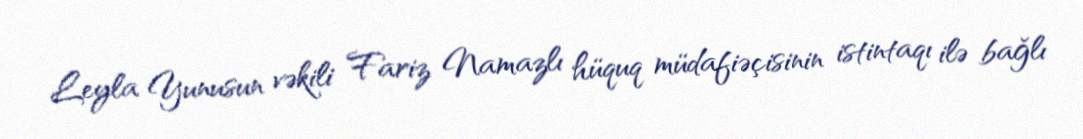
Leyla Yunusun vəkili Fariz Namazlı hüquq müdafiəçisinin istintaqı ilə bağlı